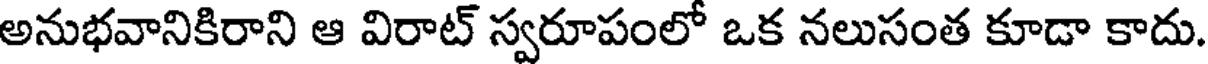
అనుభవానికిరాని ఆ విరాట్ స్వరూపంలో ఒక నలుసంత కూడా కాదు.